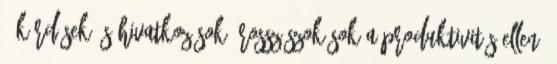
» Kérdések és hivatkozások “Rossz szokások a produktivitás ellen”